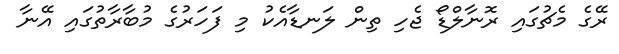
ރޭގެ މެޗުގައި ރޮނާލްޑޯ ޖެހި ތިން ލަނޑާއެކު މި ފަހަރުގެ މުބާރާތުގައި އޭނާ